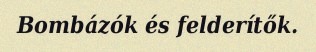
Bombázók és felderítők.